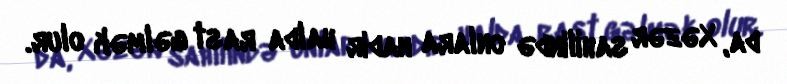
da, Xəzər sahilində onlara nadir halda rast gəlmək olur.